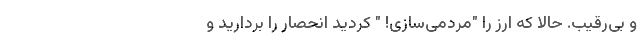
و بی‌رقیب. حالا که ارز را "مردمی‌سازی! " کردید انحصار را بردارید و